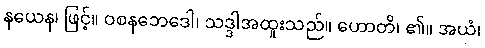
နယေန၊ ဖြင့်။ ဝစနဘေဒေါ၊ သဒ္ဒါအထူးသည်။ ဟောတိ၊ ၏။ အယံ၊